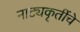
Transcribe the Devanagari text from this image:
नाट्यकृतींचे